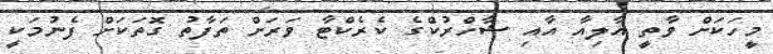
މީހަކަށް ވާތީ އާލިއާ އާއި ޝާހްރުކްގެ ކެރެކްޓާ ވަރަށް ތަފާތު ގޮތަކަށް ފެނުމަކީ